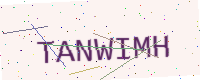
Text: TANWIMH